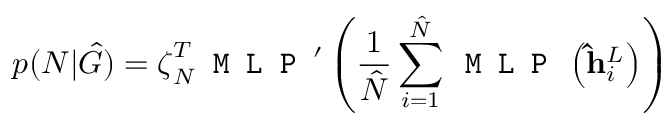
p ( N | \hat { G } ) = \boldsymbol { \zeta } _ { N } ^ { T } \texttt { M L P } ^ { \prime } \left( \frac { 1 } { \hat { N } } \sum _ { i = 1 } ^ { \hat { N } } \texttt { M L P } \left( \mathbf { \hat { h } } _ { i } ^ { L } \right) \right)